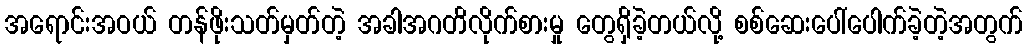
အရောင်းအဝယ် တန်ဖိုးသတ်မှတ်တဲ့ အခါအဂတိလိုက်စားမှု တွေရှိခဲ့တယ်လို့ စစ်ဆေးပေါ်ပေါက်ခဲ့တဲ့အတွက်